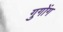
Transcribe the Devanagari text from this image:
गुगोंग